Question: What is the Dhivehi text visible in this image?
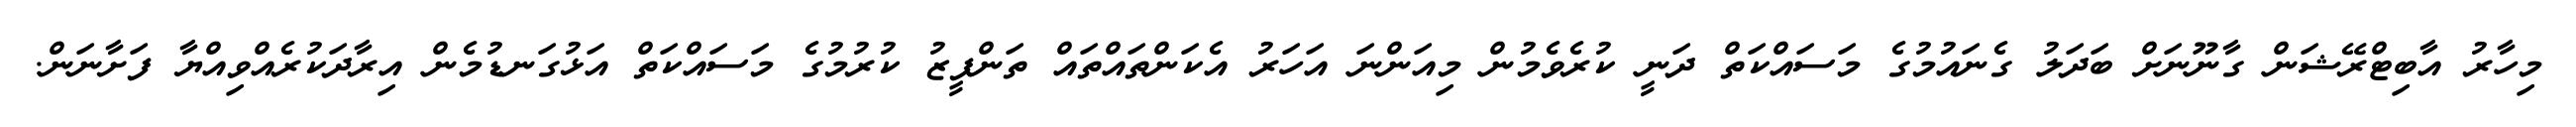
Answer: މިހާރު އާބިޓްރޭޝަން ގާނޫނަށް ބަދަލު ގެނައުމުގެ މަސައްކަތް ދަނީ ކުރެވެމުން މިއަންނަ އަހަރު އެކަންތައްތައް ތަންފީޒު ކުރުމުގެ މަސައްކަތް އަޅުގަނޑުމެން އިރާދަކުރެއްވިއްޔާ ފަށާނަން.